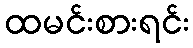
ထမင်းစားရင်း